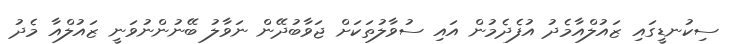
ސިކުނޑީގައި ޒައުލްއާމެދު އުފެދެމުން އައި ސުވާލުތަކަށް ޖަވާބުދޭން ނަވާލު ބޭނުންނުވަނީ ޒައުލްއާ މެދު